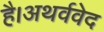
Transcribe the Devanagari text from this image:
है।अथर्ववेद